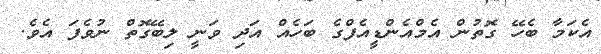
އެކަމާ ބެހޭ ގޮތުން އެމްއެންޑީއެފްގެ ބަހެއް އަދި ވަނީ ލިބޭގޮތް ނުވެފަ އެވެ.